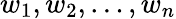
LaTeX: w_{1},w_{2},\dots,w_{n}